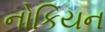
નોકિયન